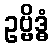
ဥဗ္ဗိဒ္ဓံ